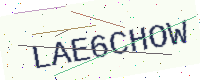
Text: LAE6CHOW